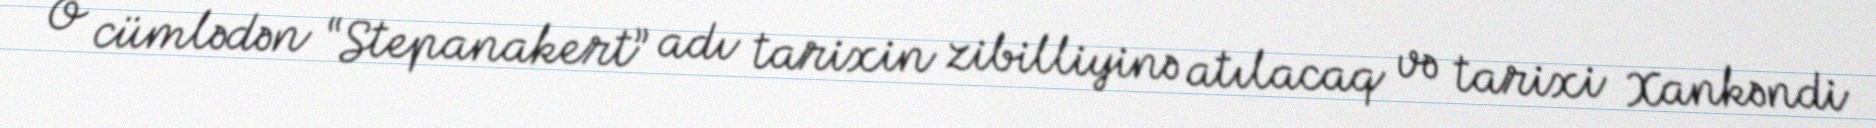
O cümlədən “Stepanakert” adı tarixin zibilliyinə atılacaq və tarixi Xankəndi